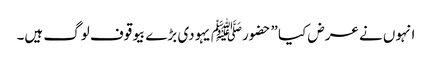
انہوں نے عرض کیا ”حضورﷺ یہودی بڑے بیوقوف لوگ ہیں۔